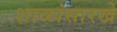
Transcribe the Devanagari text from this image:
शाळांसारखे